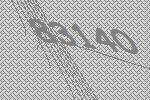
83140